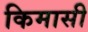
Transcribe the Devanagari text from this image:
किमासी